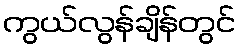
ကွယ်လွန်ချိန်တွင်